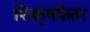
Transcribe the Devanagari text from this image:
शिक्षकेतर